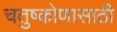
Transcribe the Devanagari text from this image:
चतुष्कोणासाठी